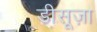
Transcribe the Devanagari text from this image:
डीसूज़ा